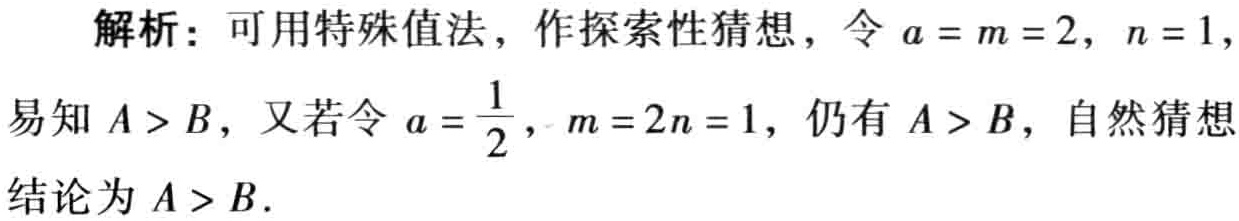
解析：可用特殊值法，作探索性猜想，令\(a = m = 2\)，\(n = 1\)，
易知\(A > B\)，又若令\(a = \frac{1}{2}\)，\(m = 2n = 1\)，仍有\(A > B\)，自然猜想
结论为\(A > B\).